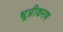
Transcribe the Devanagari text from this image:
धूम्रीकरण